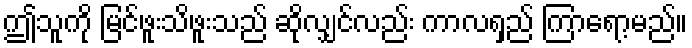
ဤသူကို မြင်ဖူးသိဖူးသည် ဆိုလျှင်လည်း ကာလရှည် ကြာရော့မည်။